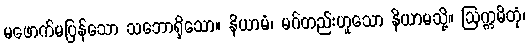
မဖောက်မပြန်သော သဘောရှိသော။ နိယာမံ၊ မဂ်တည်းဟူသော နိယာမသို့။ ဩက္ကမိတုံ၊